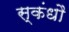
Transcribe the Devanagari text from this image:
स्कंधौ